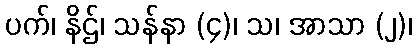
ပက်၊ နိဌ်၊ သန်နာ (၄)၊ သ၊ အာသာ (၂)၊